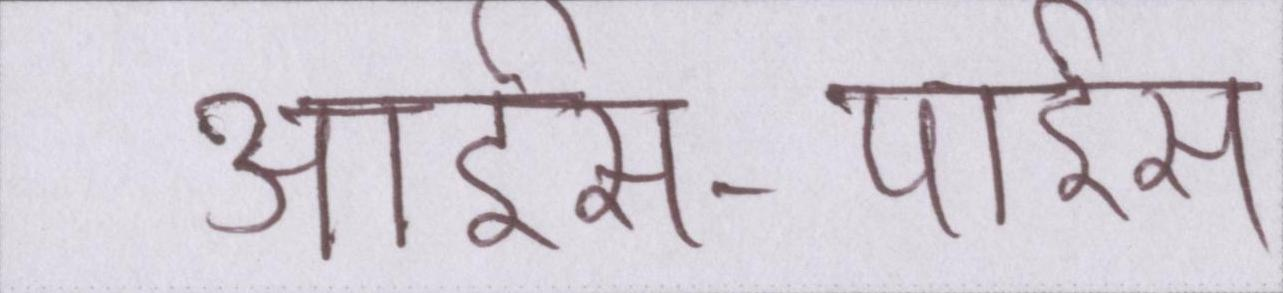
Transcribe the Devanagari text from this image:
आईस-पाईस